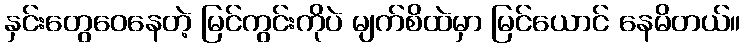
နှင်းတွေဝေနေတဲ့ မြင်ကွင်းကိုပဲ မျက်စိထဲမှာ မြင်ယောင် နေမိတယ်။